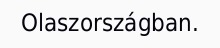
Olaszországban.